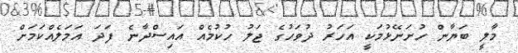
މާލީ ބަޔާން ހުށަނޭޅުމަކީ އަހަރު ދުވަހުގެ ޖަލު ހުކުމެއް އައިސްދާނެ ފަދަ އަމަލެއްކަމަށް